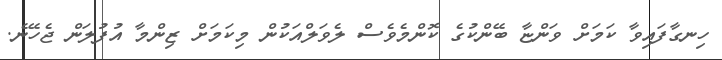
ހިނގާފައިވާ ކަމަށް ވަންޏާ ބޭންކުގެ ކޮންމެވެސް ލެވަލްއަކުން މިކަމަށް ޒިންމާ އުފުލަން ޖެހޭނެ.